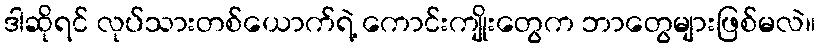
ဒါဆိုရင် လုပ်သားတစ်ယောက်ရဲ့ ကောင်းကျိုးတွေက ဘာတွေများဖြစ်မလဲ။